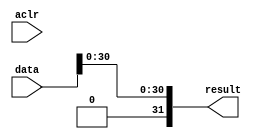
module  FP_ABS_altfp_abs_h7a
	( 
	aclr,
	data,
	result) ;
	input   aclr;
	input   [31:0]  data;
	output   [31:0]  result;
`ifndef ALTERA_RESERVED_QIS
// synopsys translate_off
`endif
	tri0   aclr;
`ifndef ALTERA_RESERVED_QIS
// synopsys translate_on
`endif

	wire  [31:0]  data_w;
	wire  gnd_w;

	assign
		data_w = {gnd_w, data[30:0]},
		gnd_w = 1'b0,
		result = data_w;
endmodule
module FP_ABS (
	aclr,
	data,
	result);

	input	  aclr;
	input	[31:0]  data;
	output	[31:0]  result;

	wire [31:0] sub_wire0;
	wire [31:0] result = sub_wire0[31:0];

	FP_ABS_altfp_abs_h7a	FP_ABS_altfp_abs_h7a_component (
				.aclr (aclr),
				.data (data),
				.result (sub_wire0));

endmodule